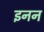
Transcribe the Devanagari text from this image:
इनन